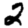
Digit: 2